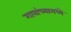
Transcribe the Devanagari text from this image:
गावांच्यामध्ये